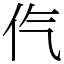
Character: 㐹